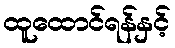
ထူထောင်ရန်နှင့်